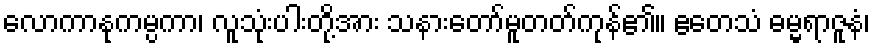
လောကာနုကမ္ပကာ၊ လူသုံးပါးတို့အား သနားတော်မူတတ်ကုန်၏။ ဧတေသံ ဓမ္မရာဇူနံ၊